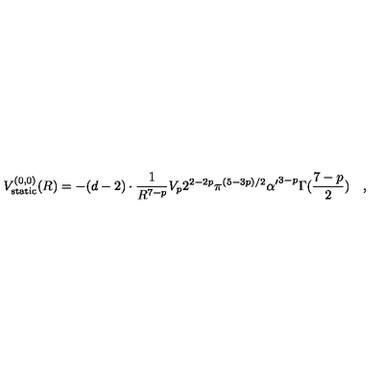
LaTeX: V _ { \mathrm { s t a t i c } } ^ { ( 0 , 0 ) } ( R ) = - ( d - 2 ) \cdot { \frac { 1 } { R ^ { 7 - p } } } V _ { p } 2 ^ { 2 - 2 p } \pi ^ { ( 5 - 3 p ) / 2 } { \alpha ^ { \prime } } ^ { 3 - p } \Gamma ( { \frac { 7 - p } { 2 } } ) \quad ,